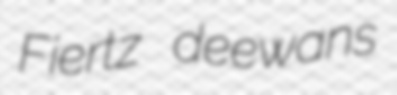
Fiertz deewans